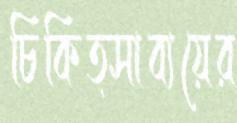
চিকিত্সাব্যয়ের